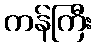
ကန်ကြီး